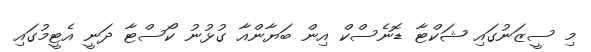
މި ސީޒަނުގައި ޝަކްޓާ ޑޮނެސްކް އިން ބަޔާންއާ ގުޅުނު ކޯސްޓާ ދަނީ އެޓީމުގައި